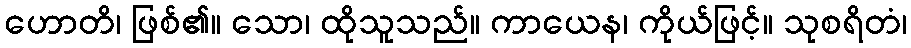
ဟောတိ၊ ဖြစ်၏။ သော၊ ထိုသူသည်။ ကာယေန၊ ကိုယ်ဖြင့်။ သုစရိတံ၊